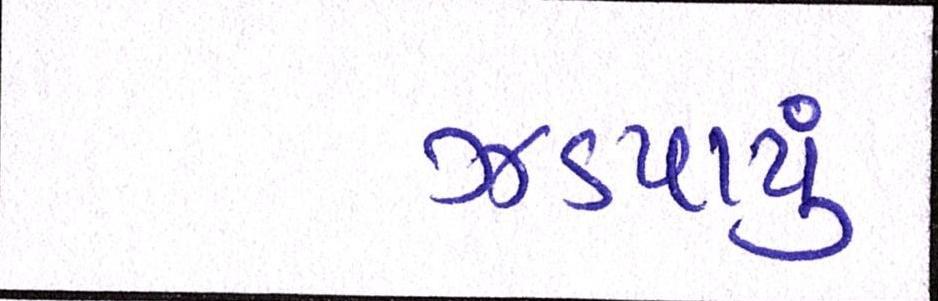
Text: ઝડપાયું